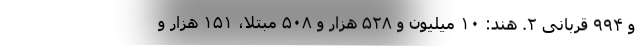
و ۹۹۴ قربانی ۲. هند: ۱۰ میلیون و ۵۲۸ هزار و ۵۰۸ مبتلا، ۱۵۱ هزار و